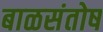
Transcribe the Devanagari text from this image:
बाळसंतोष